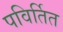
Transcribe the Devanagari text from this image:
पविर्तित